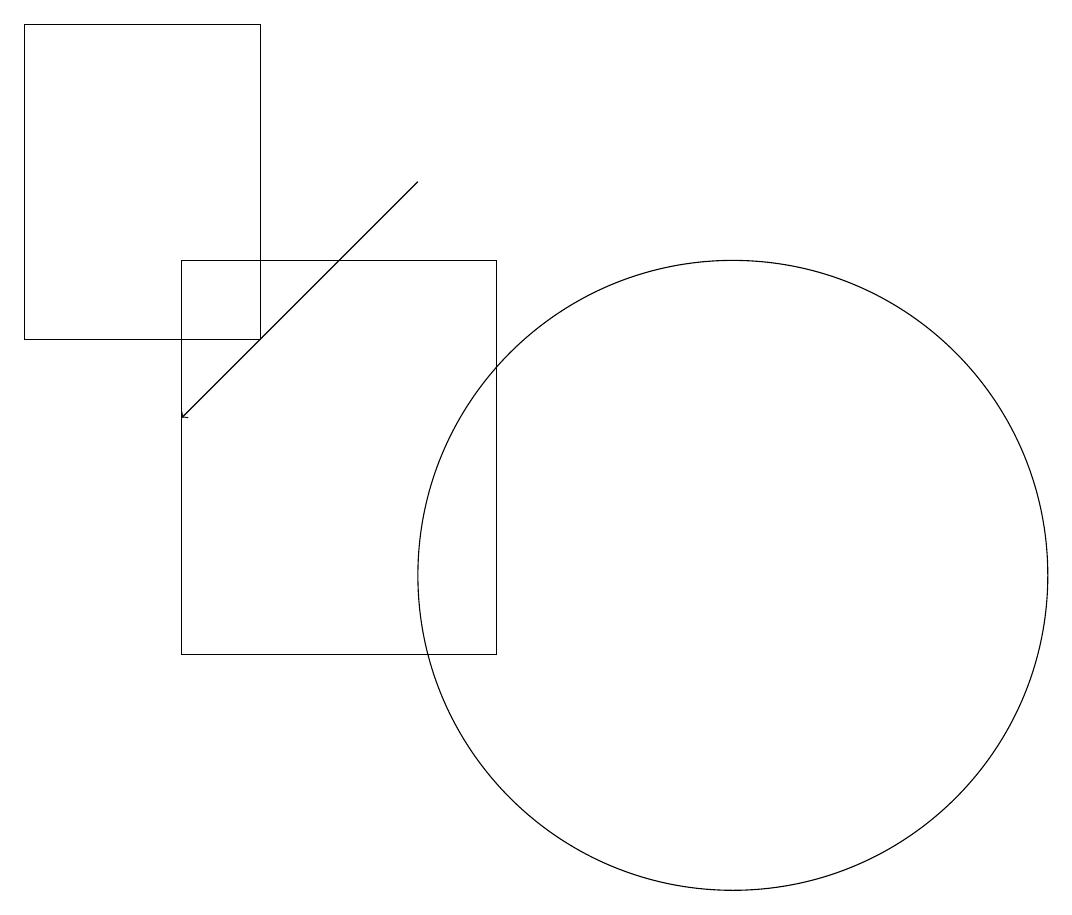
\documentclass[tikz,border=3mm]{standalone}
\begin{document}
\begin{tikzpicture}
\draw (4,10) rectangle (8,15);
\draw (11,11) circle (4);
\draw[->] (7,16) -- (4,13);
\draw (5,18) rectangle (2,14);
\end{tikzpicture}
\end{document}